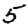
Digit: 5